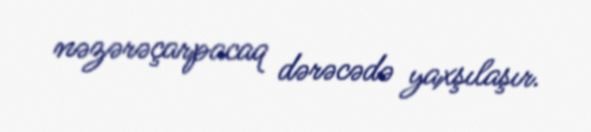
nəzərəçarpacaq dərəcədə yaxşılaşır.